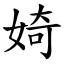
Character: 婍